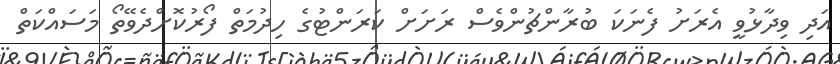
އަދި ވިދާޅުވީ އެރަށު ފެނަކަ ބުރާންޗުންވެސް ރަށަށް ކަރަންޓުގެ ހިދުމަތް ފޯރުކޮށްދެވޭތޯ މަސައްކަތް